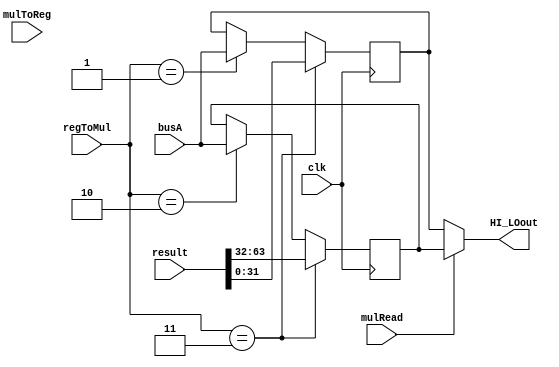
module HI_LO( clk,     regToMul,   mulToReg, mulRead, 
			  busA,    result,     HI_LOout);

	input clk;
	input      [1:0]  regToMul;
	input             mulToReg;
	input             mulRead;
	input      [31:0] busA;
	input      [63:0] result;

	output reg [31:0] HI_LOout;

	reg [31:0] HI;
	reg [31:0] LO;

	initial begin
		HI       = 32'd0;
		LO       = 32'd0;
		HI_LOout = 32'd0;
	end

	//------------{HI_LO}begin
	always @(*)begin
		HI_LOout <= (mulRead == 1) ? HI : LO;
	end
	
	//------------{HI_LO}end


	//------------{HI_LO}begin
	always @(negedge clk) begin 
		//****MTLO*******//
		if (regToMul == 2'b01) LO <= busA;
		//****MTHI*******//
		if (regToMul == 2'b10) HI <= busA;
		//****MULT*******//
		if (regToMul == 2'b11) {HI, LO} <= result;

		$display("HI is %h",HI);
		$display("LO is %h",LO);
	end	
	//------------{HI_LO}end	
endmodule